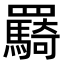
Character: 𮊠